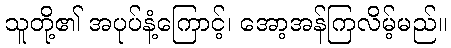
သူတို့၏ အပုပ်နံ့ကြောင့်၊ အော့အန်ကြလိမ့်မည်။